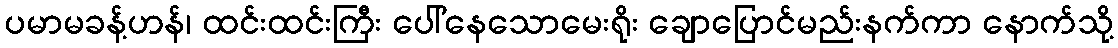
ပမာမခန့်ဟန်၊ ထင်းထင်းကြီး ပေါ်နေသောမေးရိုး ချောပြောင်မည်းနက်ကာ နောက်သို့